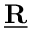
\underline { { \mathbf { R } } }